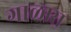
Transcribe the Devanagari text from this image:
गाळास